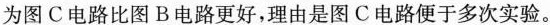
为图C电路比图B电路更好，理由是图C电路便于多次实验。